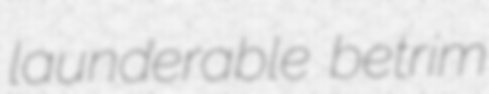
launderable betrim